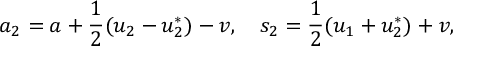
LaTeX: a _ { 2 } = a + \frac { 1 } { 2 } ( u _ { 2 } - u _ { 2 } ^ { * } ) - v , \quad s _ { 2 } = \frac { 1 } { 2 } ( u _ { 1 } + u _ { 2 } ^ { * } ) + v ,